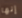
إنها